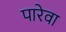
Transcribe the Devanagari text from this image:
पारेवा